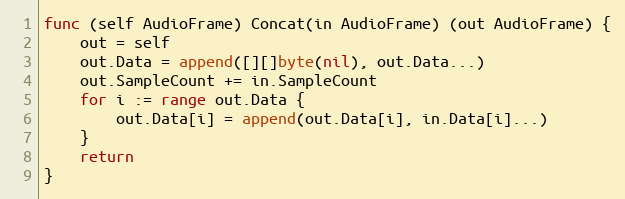
Language: Go
func (self AudioFrame) Concat(in AudioFrame) (out AudioFrame) {
	out = self
	out.Data = append([][]byte(nil), out.Data...)
	out.SampleCount += in.SampleCount
	for i := range out.Data {
		out.Data[i] = append(out.Data[i], in.Data[i]...)
	}
	return
}